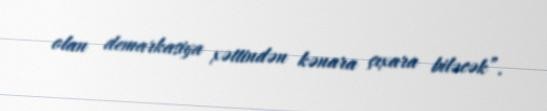
olan demarkasiya xəttindən kənara çıxara biləcək”.